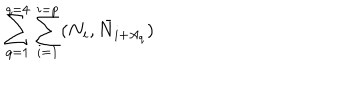
\sum _ { q = 1 } ^ { q = 4 } \sum _ { i = 1 } ^ { i = p } ( N _ { i } , \bar { N } _ { i + A _ { q } } )